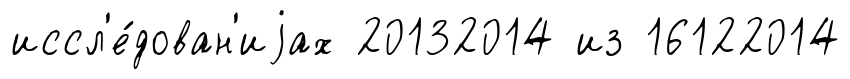
иссл'е́дован'иjах 20132014 из 16122014